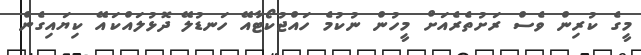
މީގެ ކުރިން ވެސް ރަށުތެރެއަށް މީހުން ނުކުމެ ހައްޖުކޯޓާއޭ ހަނޑުލޭ ދޮޅުލައްކައޭ ކިޔައިގެން